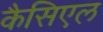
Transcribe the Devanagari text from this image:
कैसिएल